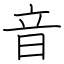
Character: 音